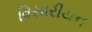
વિસારીયન